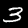
Label: 3